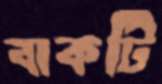
বাকটি